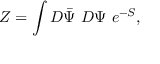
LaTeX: Z = \int D \bar { \Psi } ~ D \Psi ~ e ^ { - S } ,